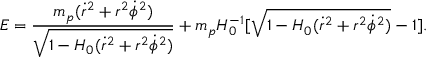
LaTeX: E = \frac { m _ { p } ( \dot { r } ^ { 2 } + r ^ { 2 } \dot { \phi } ^ { 2 } ) } { \sqrt { 1 - H _ { 0 } ( \dot { r } ^ { 2 } + r ^ { 2 } \dot { \phi } ^ { 2 } ) } } + m _ { p } H _ { 0 } ^ { - 1 } [ \sqrt { 1 - H _ { 0 } ( \dot { r } ^ { 2 } + r ^ { 2 } \dot { \phi } ^ { 2 } ) } - 1 ] .